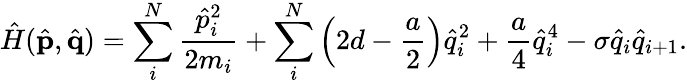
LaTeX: \hat{H}(\hat{\textbf{p}},\hat{\textbf{q}})=\sum_{i}^{N}\frac{\hat{p}_{i}^{2}}{2m_{i}}+\sum_{i}^{N}\Big(2d-\frac{a}{2}\Big)\hat{q}_{i}^{2}+\frac{a}{4}\hat{q}_{i}^{4}-\sigma\hat{q}_{i}\hat{q}_{i+1}.